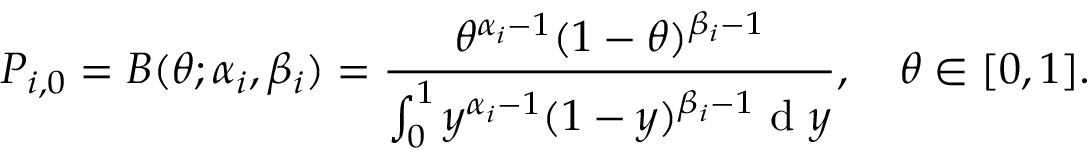
P _ { i , 0 } = B ( \theta ; \alpha _ { i } , \beta _ { i } ) = \frac { \theta ^ { \alpha _ { i } - 1 } ( 1 - \theta ) ^ { \beta _ { i } - 1 } } { \int _ { 0 } ^ { 1 } y ^ { \alpha _ { i } - 1 } ( 1 - y ) ^ { \beta _ { i } - 1 } \mathrm { ~ d ~ } y } , \quad \theta \in [ 0 , 1 ] .